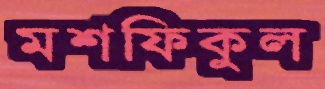
মশফিকুল